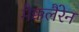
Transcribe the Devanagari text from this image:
मैक्कलैरेन